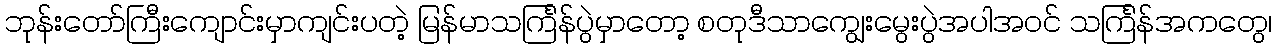
ဘုန်းတော်ကြီးကျောင်းမှာကျင်းပတဲ့ မြန်မာသင်္ကြန်ပွဲမှာတော့ စတုဒီသာကျွေးမွေးပွဲအပါအဝင် သင်္ကြန်အကတွေ၊